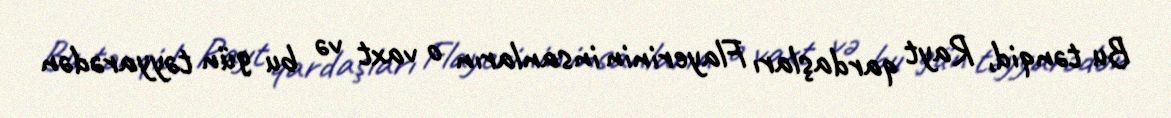
Bu tənqid, Rayt qardaşları Flayerinin insanların o vaxt və bu gün təyyarədən